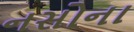
નસોના